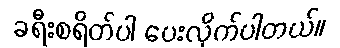
ခရီးစရိတ်ပါ ပေးလိုက်ပါတယ်။